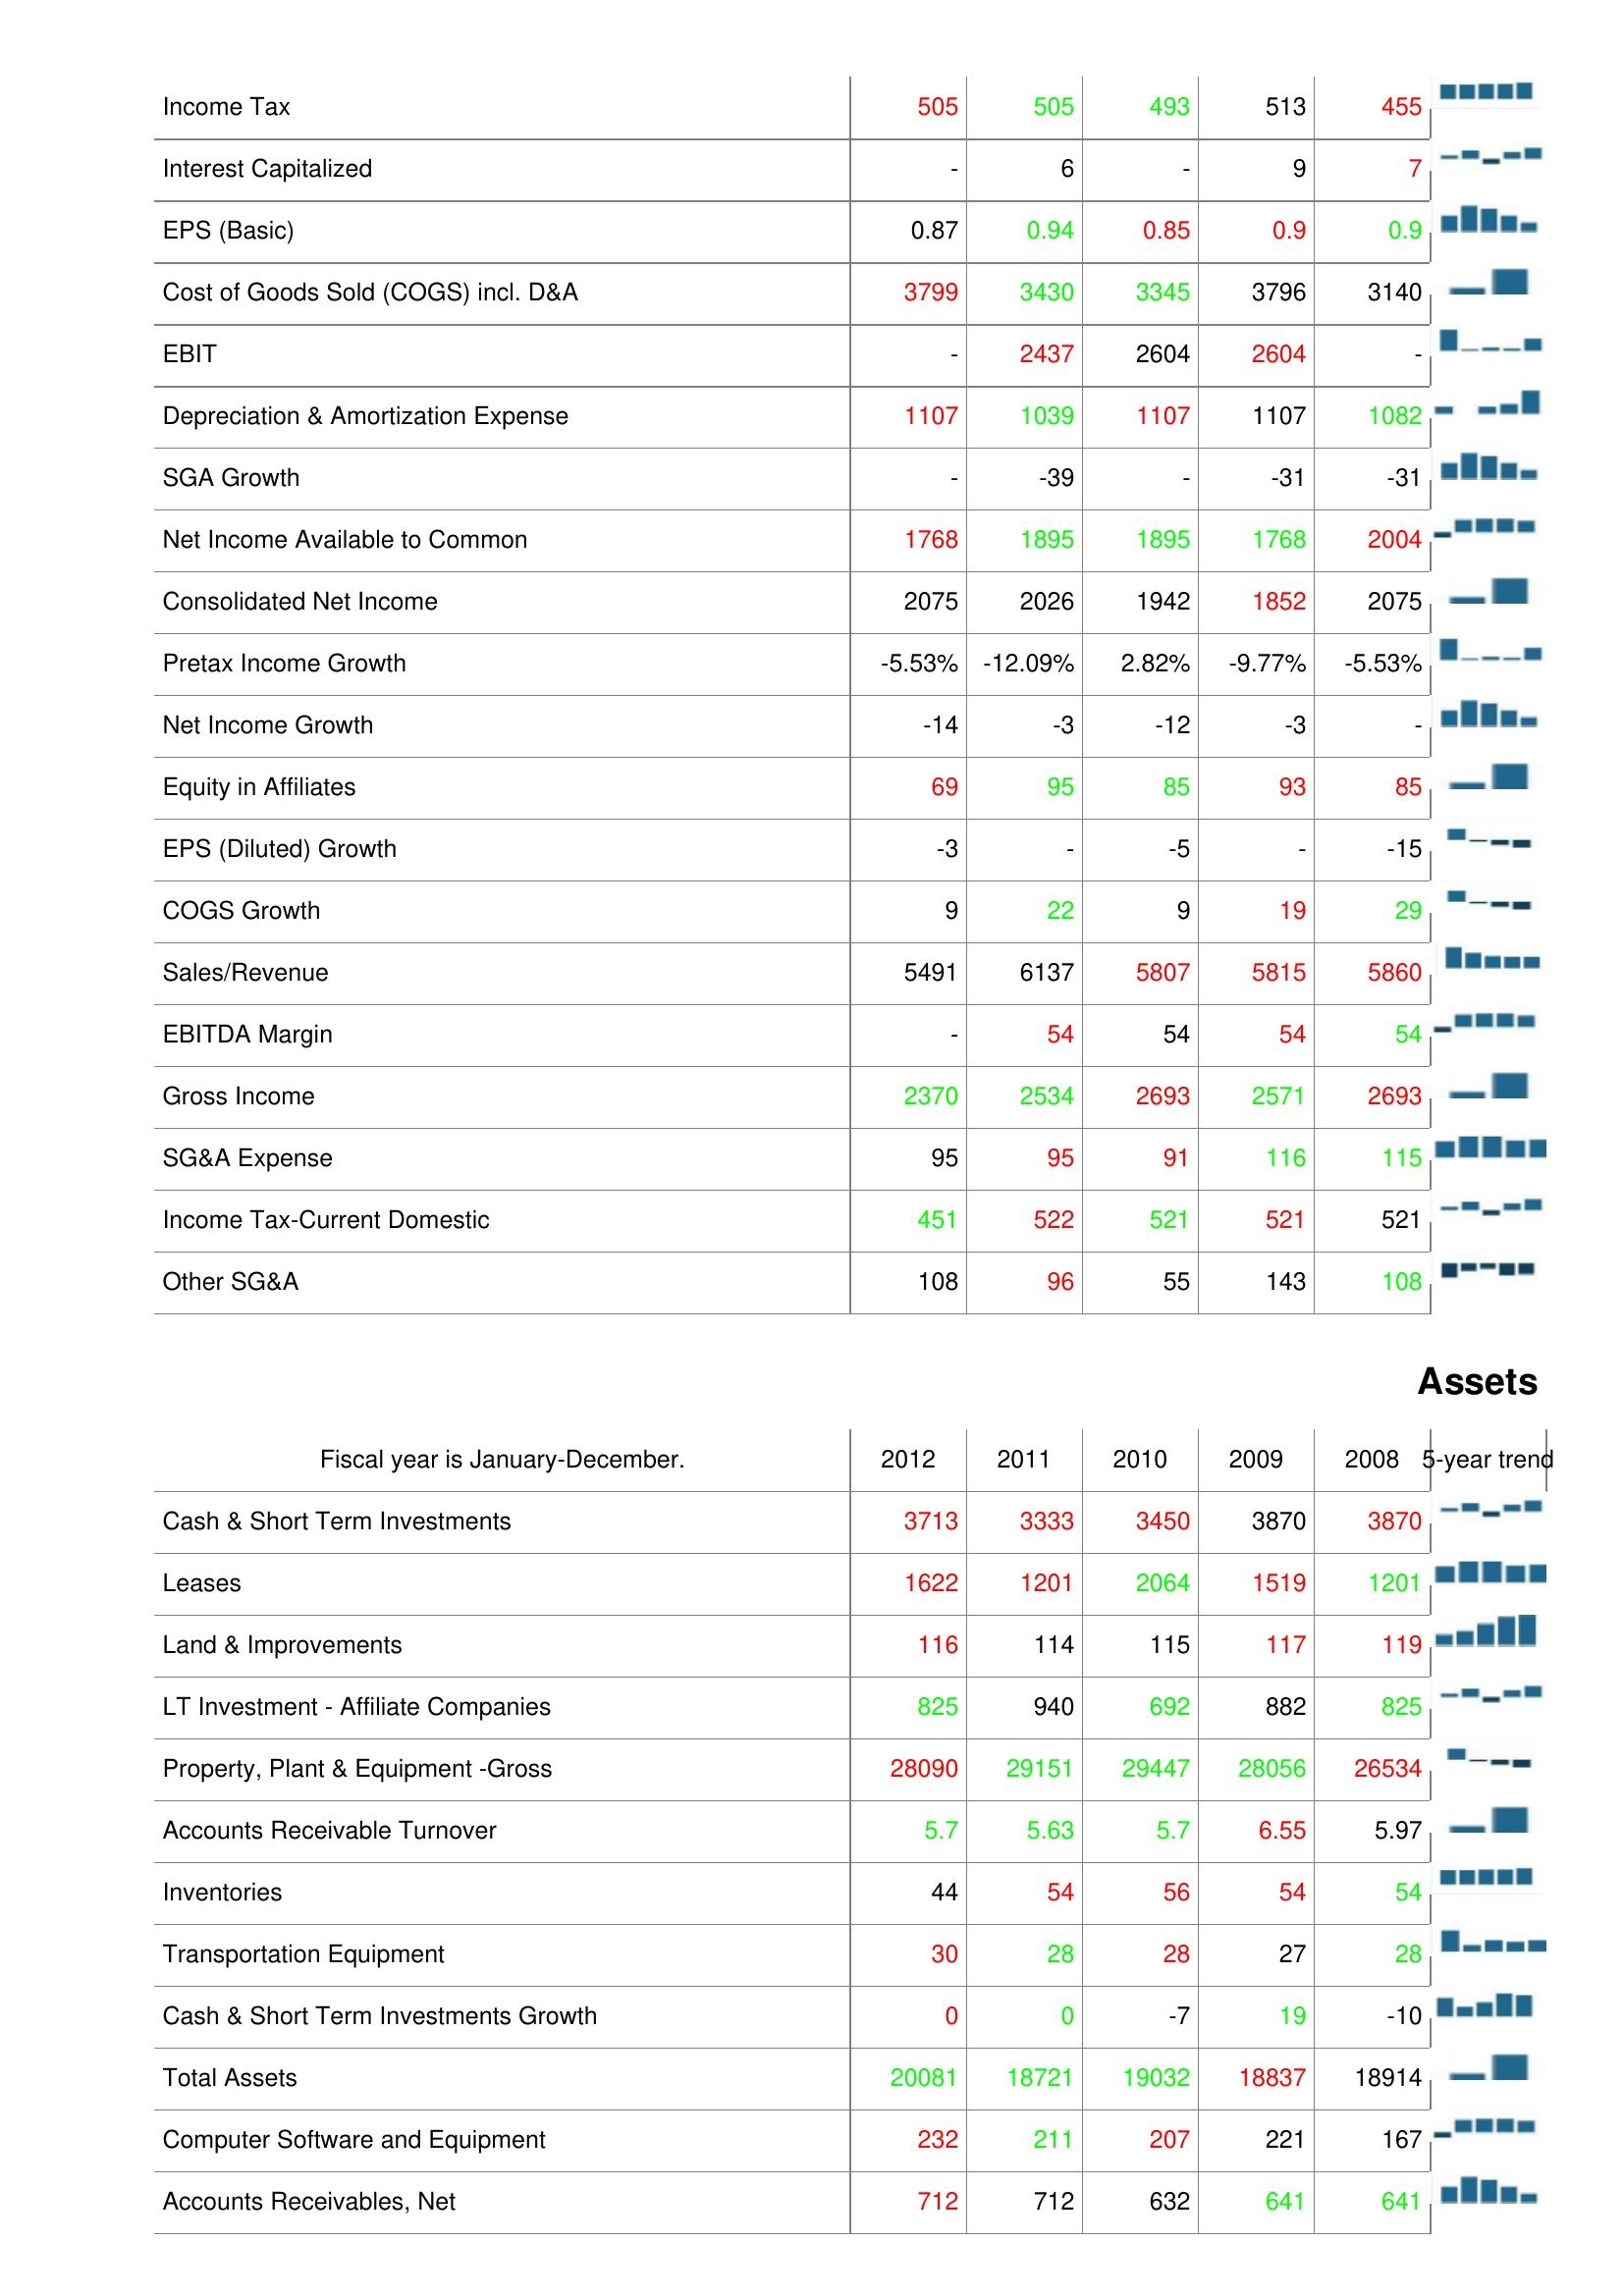
2012: : Income Tax: 505
Interest Capitalized: -
EPS (Basic): 0.87
Cost of Goods Sold (COGS) incl. D&A: 3799
EBIT: -
Depreciation & Amortization Expense: 1107
SGA Growth: -
Net Income Available to Common: 1768
Consolidated Net Income: 2075
Pretax Income Growth: -5.53%
Net Income Growth: -14
Equity in Affiliates: 69
EPS (Diluted) Growth: -3
COGS Growth: 9
Sales/Revenue: 5491
EBITDA Margin: -
Gross Income: 2370
SG&A Expense: 95
Income Tax-Current Domestic: 451
Other SG&A: 108
Assets: Cash & Short Term Investments: 3713
Leases: 1622
Land & Improvements: 116
LT Investment - Affiliate Companies: 825
Property, Plant & Equipment -Gross: 28090
Accounts Receivable Turnover: 5.7
Inventories: 44
Transportation Equipment: 30
Cash & Short Term Investments Growth: 0
Total Assets: 20081
Computer Software and Equipment: 232
Accounts Receivables, Net: 712
2011: : Income Tax: 505
Interest Capitalized: 6
EPS (Basic): 0.94
Cost of Goods Sold (COGS) incl. D&A: 3430
EBIT: 2437
Depreciation & Amortization Expense: 1039
SGA Growth: -39
Net Income Available to Common: 1895
Consolidated Net Income: 2026
Pretax Income Growth: -12.09%
Net Income Growth: -3
Equity in Affiliates: 95
EPS (Diluted) Growth: -
COGS Growth: 22
Sales/Revenue: 6137
EBITDA Margin: 54
Gross Income: 2534
SG&A Expense: 95
Income Tax-Current Domestic: 522
Other SG&A: 96
Assets: Cash & Short Term Investments: 3333
Leases: 1201
Land & Improvements: 114
LT Investment - Affiliate Companies: 940
Property, Plant & Equipment -Gross: 29151
Accounts Receivable Turnover: 5.63
Inventories: 54
Transportation Equipment: 28
Cash & Short Term Investments Growth: 0
Total Assets: 18721
Computer Software and Equipment: 211
Accounts Receivables, Net: 712
2010: : Income Tax: 493
Interest Capitalized: -
EPS (Basic): 0.85
Cost of Goods Sold (COGS) incl. D&A: 3345
EBIT: 2604
Depreciation & Amortization Expense: 1107
SGA Growth: -
Net Income Available to Common: 1895
Consolidated Net Income: 1942
Pretax Income Growth: 2.82%
Net Income Growth: -12
Equity in Affiliates: 85
EPS (Diluted) Growth: -5
COGS Growth: 9
Sales/Revenue: 5807
EBITDA Margin: 54
Gross Income: 2693
SG&A Expense: 91
Income Tax-Current Domestic: 521
Other SG&A: 55
Assets: Cash & Short Term Investments: 3450
Leases: 2064
Land & Improvements: 115
LT Investment - Affiliate Companies: 692
Property, Plant & Equipment -Gross: 29447
Accounts Receivable Turnover: 5.7
Inventories: 56
Transportation Equipment: 28
Cash & Short Term Investments Growth: -7
Total Assets: 19032
Computer Software and Equipment: 207
Accounts Receivables, Net: 632
2009: : Income Tax: 513
Interest Capitalized: 9
EPS (Basic): 0.9
Cost of Goods Sold (COGS) incl. D&A: 3796
EBIT: 2604
Depreciation & Amortization Expense: 1107
SGA Growth: -31
Net Income Available to Common: 1768
Consolidated Net Income: 1852
Pretax Income Growth: -9.77%
Net Income Growth: -3
Equity in Affiliates: 93
EPS (Diluted) Growth: -
COGS Growth: 19
Sales/Revenue: 5815
EBITDA Margin: 54
Gross Income: 2571
SG&A Expense: 116
Income Tax-Current Domestic: 521
Other SG&A: 143
Assets: Cash & Short Term Investments: 3870
Leases: 1519
Land & Improvements: 117
LT Investment - Affiliate Companies: 882
Property, Plant & Equipment -Gross: 28056
Accounts Receivable Turnover: 6.55
Inventories: 54
Transportation Equipment: 27
Cash & Short Term Investments Growth: 19
Total Assets: 18837
Computer Software and Equipment: 221
Accounts Receivables, Net: 641
2008: : Income Tax: 455
Interest Capitalized: 7
EPS (Basic): 0.9
Cost of Goods Sold (COGS) incl. D&A: 3140
EBIT: -
Depreciation & Amortization Expense: 1082
SGA Growth: -31
Net Income Available to Common: 2004
Consolidated Net Income: 2075
Pretax Income Growth: -5.53%
Net Income Growth: -
Equity in Affiliates: 85
EPS (Diluted) Growth: -15
COGS Growth: 29
Sales/Revenue: 5860
EBITDA Margin: 54
Gross Income: 2693
SG&A Expense: 115
Income Tax-Current Domestic: 521
Other SG&A: 108
Assets: Cash & Short Term Investments: 3870
Leases: 1201
Land & Improvements: 119
LT Investment - Affiliate Companies: 825
Property, Plant & Equipment -Gross: 26534
Accounts Receivable Turnover: 5.97
Inventories: 54
Transportation Equipment: 28
Cash & Short Term Investments Growth: -10
Total Assets: 18914
Computer Software and Equipment: 167
Accounts Receivables, Net: 641